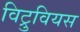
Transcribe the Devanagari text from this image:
विट्रुवियस